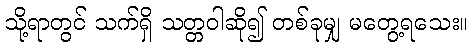
သို့ရာတွင် သက်ရှိ သတ္တဝါဆို၍ တစ်ခုမျှ မတွေ့ရသေး။